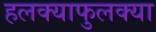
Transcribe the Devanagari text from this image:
हलक्याफुलक्या